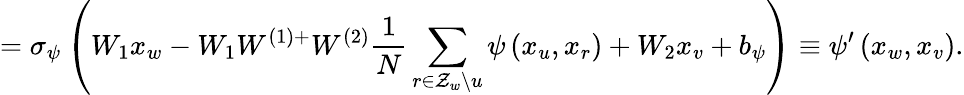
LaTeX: =\sigma_{\psi}\left(W_{1}x_{w}-W_{1}W^{(1)+}W^{(2)}\frac{1}{N}\sum_{r\in\mathcal{Z}_{w}\backslash u}\psi\left(x_{u},x_{r}\right)+W_{2}x_{v}+b_{\psi}\right)\equiv\psi^{\prime}\left(x_{w},x_{v}\right).